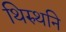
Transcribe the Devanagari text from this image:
थिरुथनि